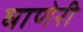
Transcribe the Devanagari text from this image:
घाणेरी